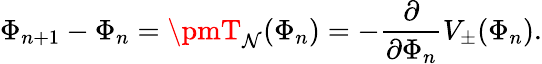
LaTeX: \Phi_{n+1}-\Phi_{n}=\pmT_{\mathcal{N}}(\Phi_{n})=-\frac{{\partial}}{{\partial\Phi_{n}}}V_{\pm}(\Phi_{n}).